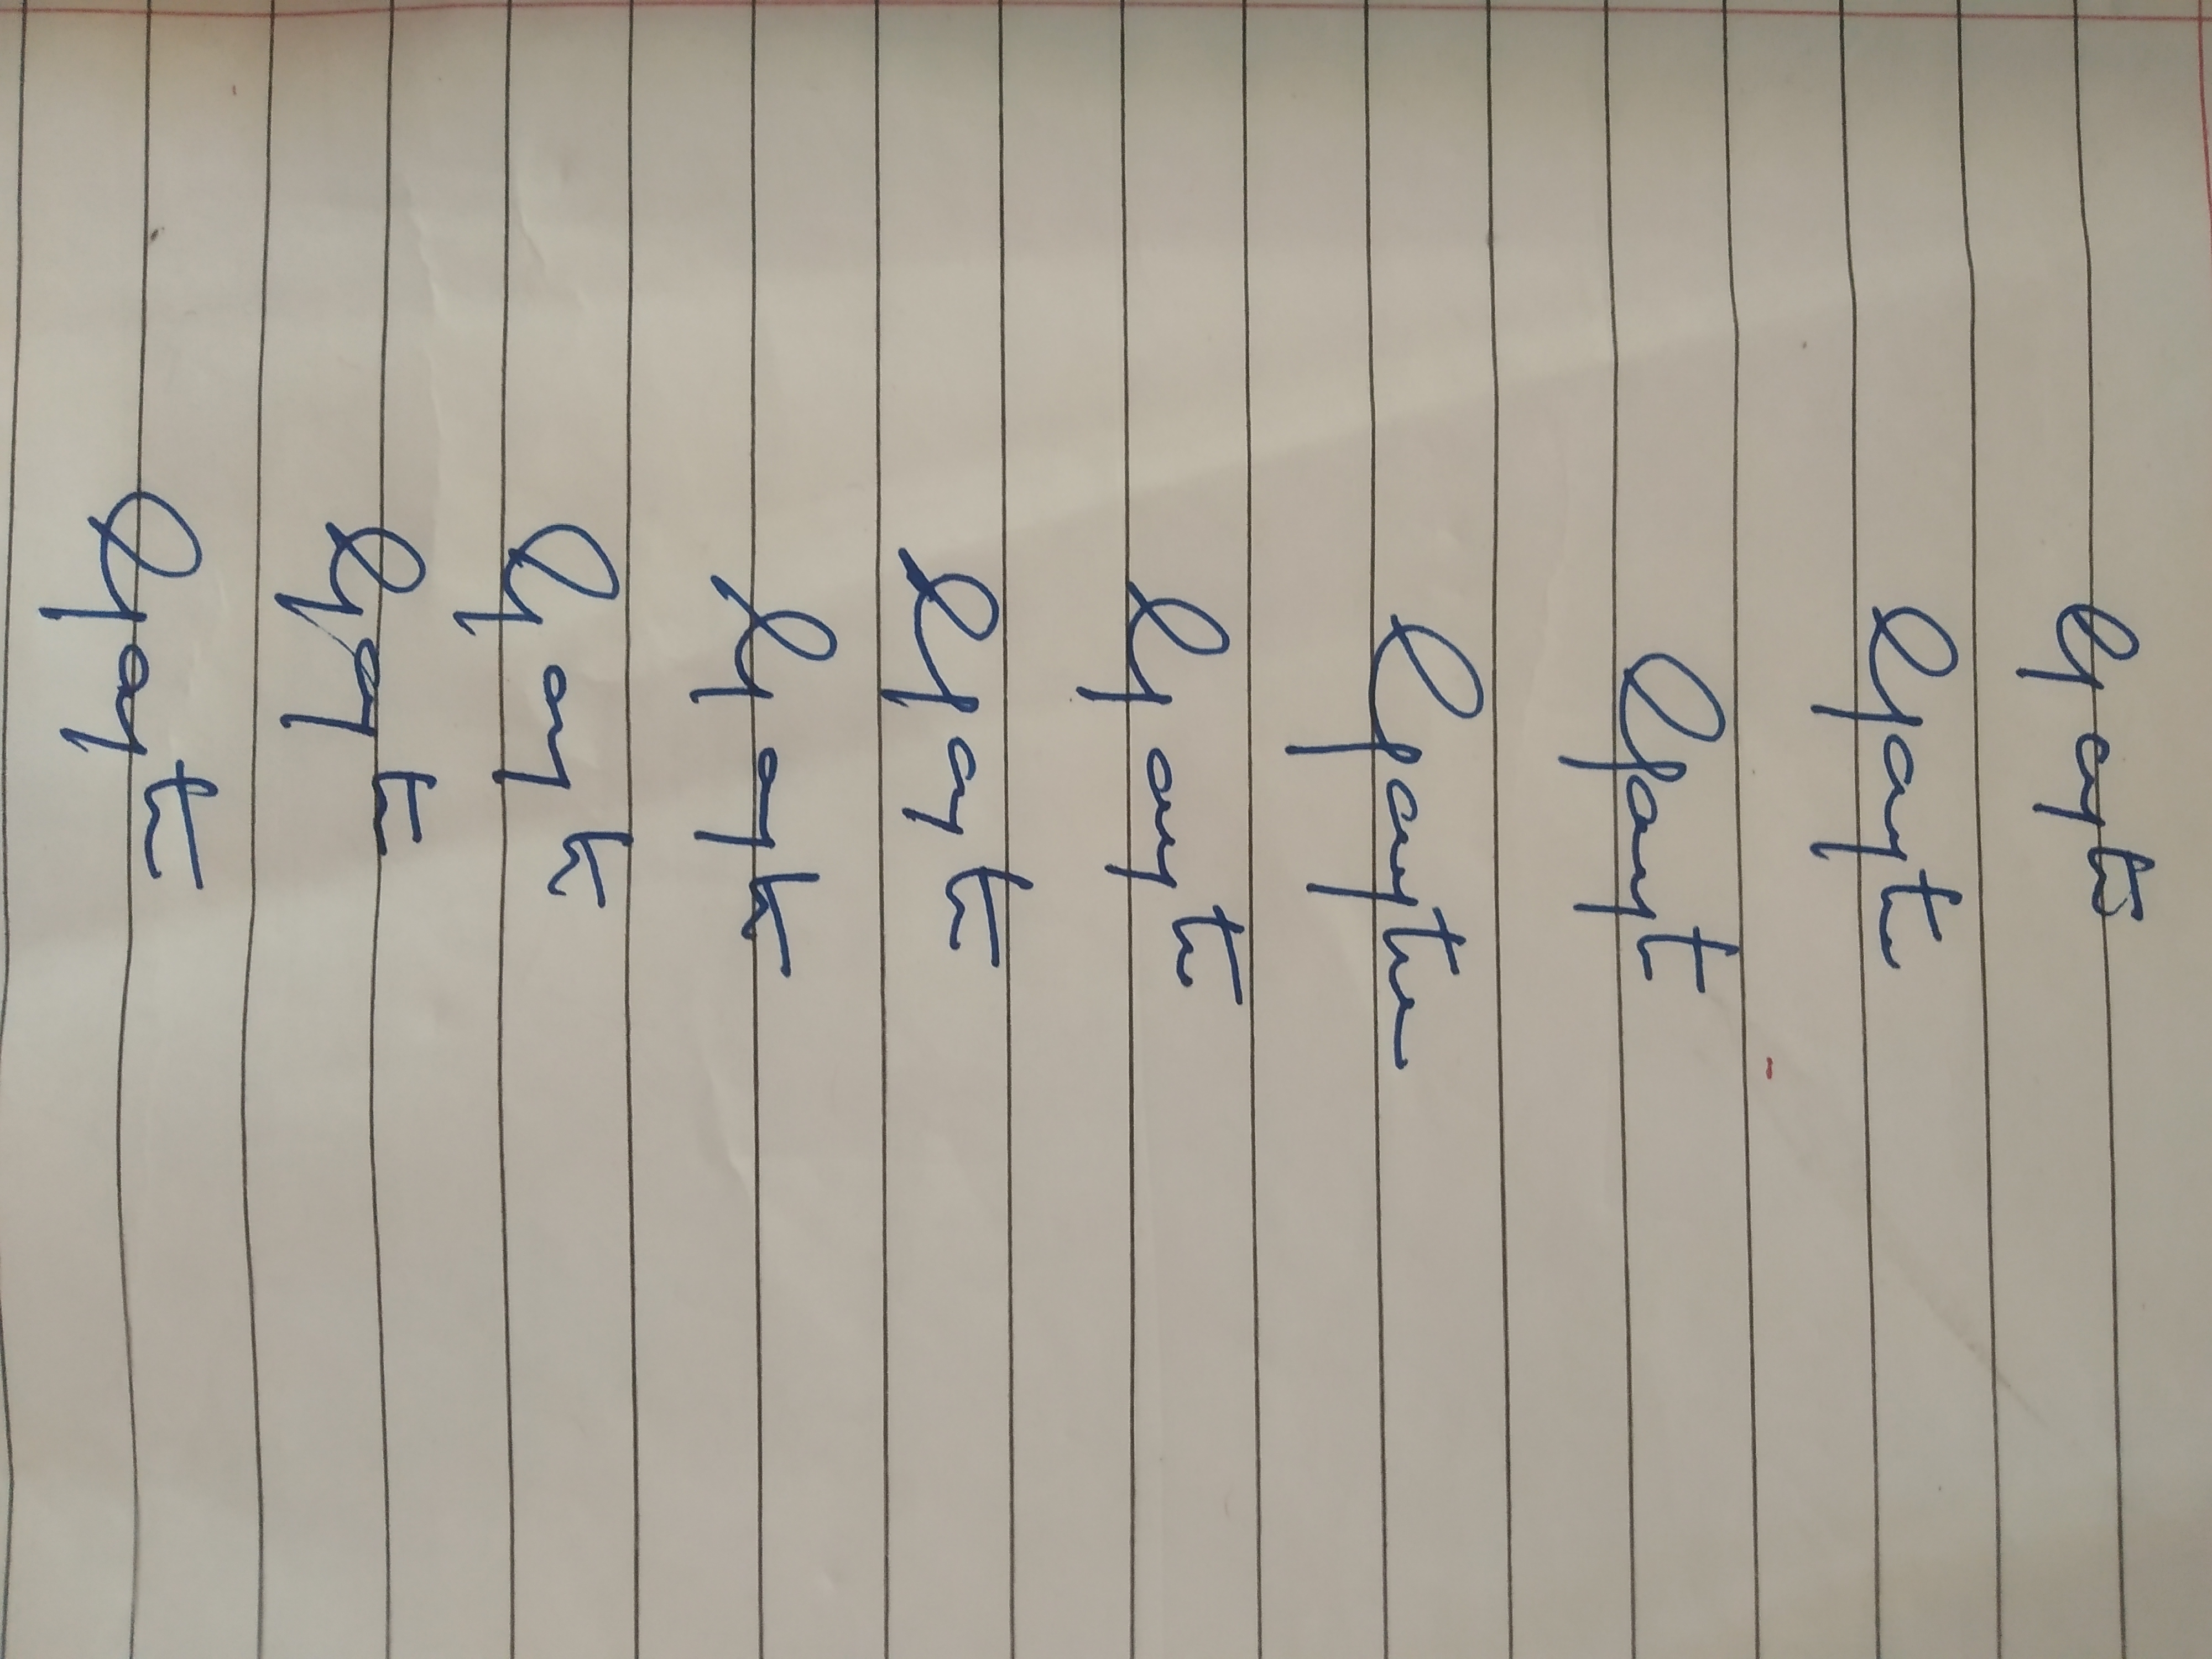
Signature authenticity: genuine